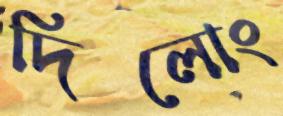
দিলোং